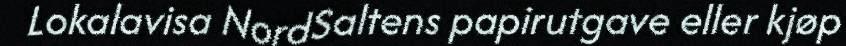
Lokalavisa NordSaltens papirutgave eller kjøp